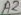
Text: A2